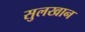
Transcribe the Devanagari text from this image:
सुलखान